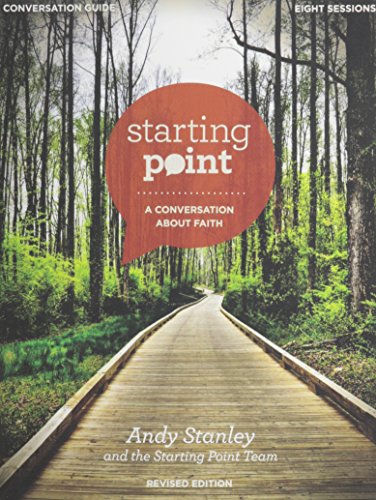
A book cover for Starting Point Conversation Guide Revised Edition with DVD: A Conversation About Faith; Andy Stanley; Christian Books & Bibles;